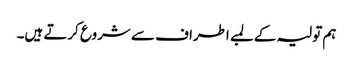
ہم تولیہ کے لمبے اطراف سے شروع کرتے ہیں۔